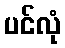
ပင်လုံ